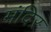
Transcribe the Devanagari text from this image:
मंदिऱ